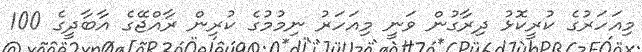
މިއަހަރުގެ ކުރީކޮޅު ދިރާގުން ވަނީ މިއަހަރު ނިމުމުގެ ކުރިން ރާއްޖޭގެ އާބާދީގެ 100